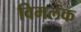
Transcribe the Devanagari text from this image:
विमलक